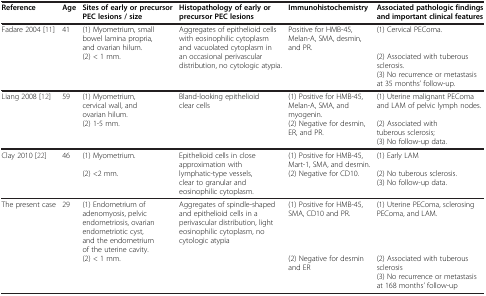
| Reference | Age | Sites of early or precursor PEC lesions / size | Histopathology of early or precursor PEC lesions | Immunohistochemistry | Associated pathologic findings and important clinical features |
 | --- | --- | --- | --- | --- | --- |
 | <ROWSPAN=3> Fadare 2004 [11] | <ROWSPAN=3> 41 | (1) Myometrium, small bowel lamina propria, and ovarian hilum. | <ROWSPAN=3> Aggregates of epithelioid cells with eosinophilic cytoplasm and vacuolated cytoplasm in an occasional perivascular distribution, no cytologic atypia. | <ROWSPAN=3> Positive for HMB-45, Melan-A, SMA, desmin, and PR. | (1) Cervical PEComa. |
 | <ROWSPAN=2> (2) < 1 mm. | (2) Associated with tuberous sclerosis. |
 | (3) No recurrence or metastasis at 35 months’ follow-up. |
 | Liang 2008 [12] | 59 | (1) Myometrium, cervical wall, and ovarian hilum. | <ROWSPAN=3> Bland-looking epithelioid clear cells | (1) Positive for HMB-45, Melan-A, SMA, and myogenin. | (1) Uterine malignant PEComa and LAM of pelvic lymph nodes. |
 |  |  | <ROWSPAN=2> (2) 1-5 mm. | <ROWSPAN=2> (2) Negative for desmin, ER, and PR. | (2) Associated with tuberous sclerosis; |
 |  |  | (3) No follow-up data. |
 | <ROWSPAN=3> Clay 2010 [22] | <ROWSPAN=3> 46 | (1) Myometrium. | <ROWSPAN=3> Epithelioid cells in close approximation with lymphatic-type vessels, clear to granular and eosinophilic cytoplasm. | (1) Positive for HMB-45, Mart-1, SMA, and desmin. | (1) Early LAM |
 | <ROWSPAN=2> (2) <2 mm. | <ROWSPAN=2> (2) Negative for CD10. | (2) No tuberous sclerosis. |
 | (3) No follow-up data. |
 | <ROWSPAN=3> The present case | <ROWSPAN=3> 29 | (1) Endometrium of adenomyosis, pelvic endometriosis, ovarian endometriotic cyst, and the endometrium of the uterine cavity. | <ROWSPAN=3> Aggregates of spindle-shaped and epithelioid cells in a perivascular distribution, light eosinophilic cytoplasm, no cytologic atypia | (1) Positive for HMB-45, SMA, CD10 and PR. | (1) Uterine PEComa, sclerosing PEComa, and LAM. |
 | <ROWSPAN=2> (2) < 1 mm. | <ROWSPAN=2> (2) Negative for desmin and ER | (2) Associated with tuberous sclerosis |
 | (3) No recurrence or metastasis at 168 months’ follow-up |